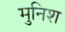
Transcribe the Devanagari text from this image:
मुनिश